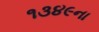
૧૩૪૯ના